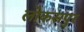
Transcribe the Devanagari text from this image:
लोकसपुर